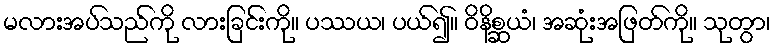
မလားအပ်သည်ကို လားခြင်းကို။ ပဿယ၊ ပယ်၍။ ဝိနိစ္ဆယံ၊ အဆုံးအဖြတ်ကို။ သုတွာ၊